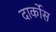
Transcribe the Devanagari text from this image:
दार्कोस